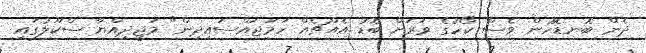
ދެން ބޮނޑޮހުން ވެސް ކޯހުގެ ވަރަށް ބޮޑު އެއްޗެއް ހަމަޖައްސައިދިން" މަޖީދިއްޔާ ސްކޫލުގައި